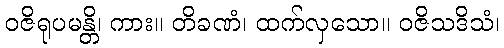
ဝဇိရုပမန္တိ၊ ကား။ တိခဏံ၊ ထက်လှသော။ ဝဇိသဒိသံ၊